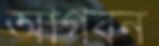
আগবন